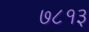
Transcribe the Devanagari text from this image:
७८१३